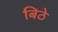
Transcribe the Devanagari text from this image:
बिठे